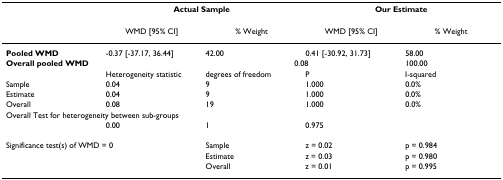
<table><thead><tr><td></td><td colspan="2"><b>Actual Sample</b></td><td colspan="2"><b>Our Estimate</b></td></tr></thead><tbody><tr><td></td><td>WMD [95% CI]</td><td>% Weight</td><td>WMD [95% CI]</td><td>% Weight</td></tr><tr><td><b>Pooled WMD</b></td><td>-0.37 [-37.17, 36.44]</td><td>42.00</td><td>0.41 [-30.92, 31.73]</td><td>58.00</td></tr><tr><td colspan="2"><b>Overall pooled WMD</b></td><td colspan="2">0.08</td><td>100.00</td></tr><tr><td></td><td>Heterogeneity statistic</td><td>degrees of freedom</td><td>P</td><td>I-squared</td></tr><tr><td>Sample</td><td>0.04</td><td>9</td><td>1.000</td><td>0.0%</td></tr><tr><td>Estimate</td><td>0.04</td><td>9</td><td>1.000</td><td>0.0%</td></tr><tr><td>Overall</td><td>0.08</td><td>19</td><td>1.000</td><td>0.0%</td></tr><tr><td colspan="5">Overall Test for heterogeneity between sub-groups</td></tr><tr><td></td><td>0.00</td><td>1</td><td>0.975</td><td></td></tr><tr><td colspan="2">Significance test(s) of WMD = 0</td><td>Sample</td><td>z = 0.02</td><td>p = 0.984</td></tr><tr><td></td><td></td><td>Estimate</td><td>z = 0.03</td><td>p = 0.980</td></tr><tr><td></td><td></td><td>Overall</td><td>z = 0.01</td><td>p = 0.995</td></tr></tbody></table>